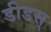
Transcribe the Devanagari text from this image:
डीडस्